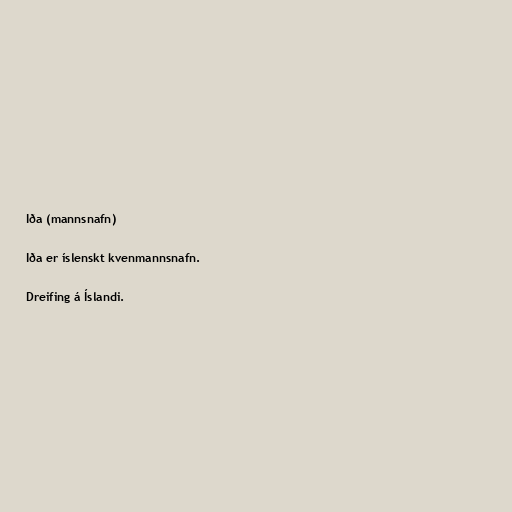
Iða (mannsnafn)

Iða er íslenskt kvenmannsnafn.

Dreifing á Íslandi.